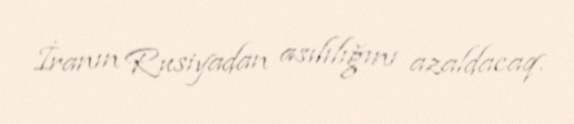
İranın Rusiyadan asılılığını azaldacaq.